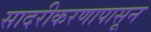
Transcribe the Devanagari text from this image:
सादरीकरणापासून